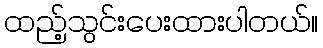
ထည့်သွင်းပေးထားပါတယ်။